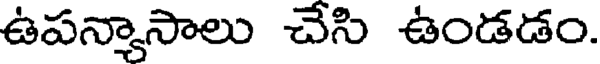
ఉపన్నాసాలు చేసి ఉండడం.